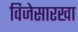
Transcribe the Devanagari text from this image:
विजेसारखा